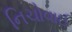
નિચોવાઈ